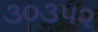
૩૦૩૫૨